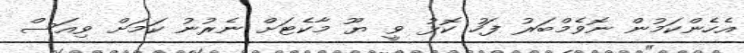
އެހެންކަމުން ނޮވެމްބަރު ފަހު ކޮޅު ވީ ޔޫ މާކެޓަށް ނެރުނު ކަމަށް ވިއަސް